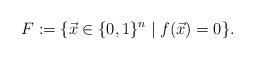
LaTeX: \begin{align*}F := \{ \vec{x} \in \{0, 1\}^n \; | \; f(\vec{x}) = 0 \}.\end{align*}